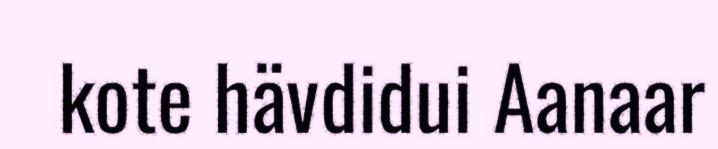
kote hävdidui Aanaar